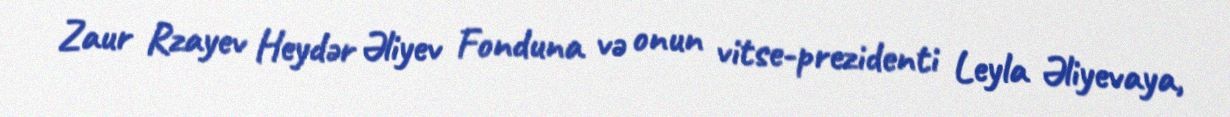
Zaur Rzayev Heydər Əliyev Fonduna və onun vitse-prezidenti Leyla Əliyevaya,